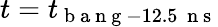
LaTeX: t=t_{\mathrm{~b~a~n~g~}-12.5\, \mathrm{~n~s~}}